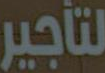
لتأجير